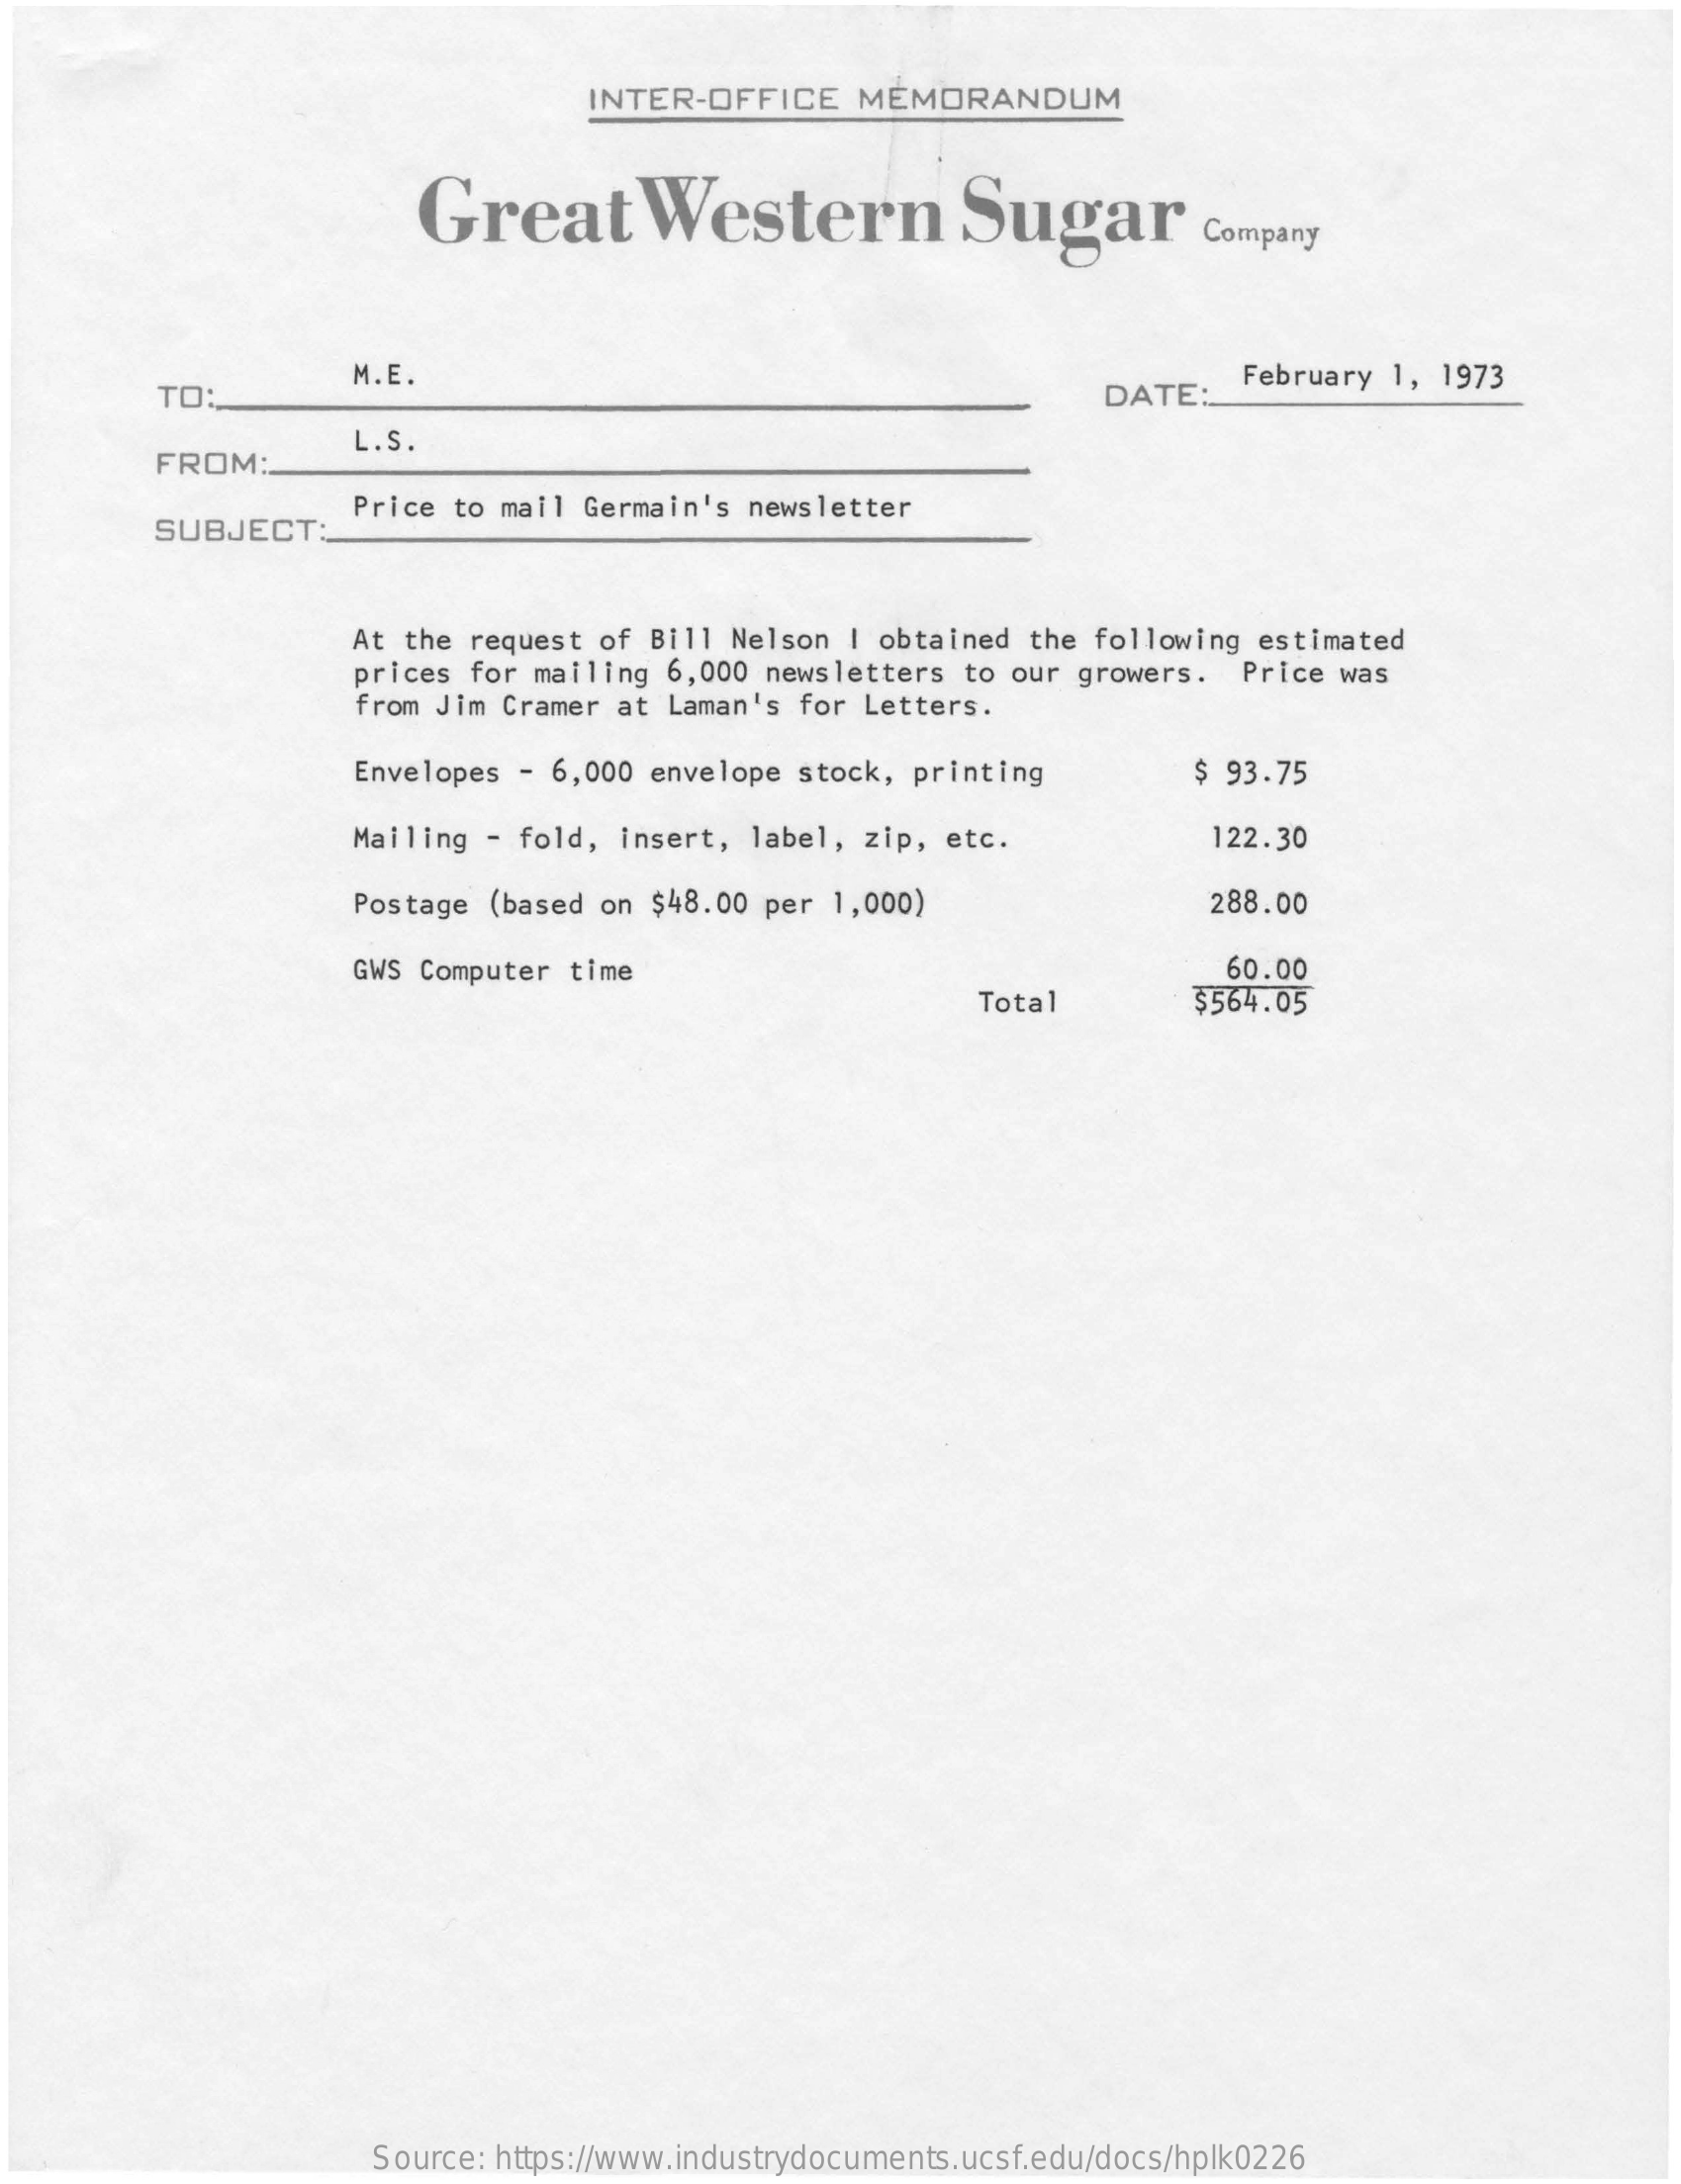
INTER-OFFICE    MEMORANDUM
     Great    Western    Sugar    Company
     TO:
     M.E.
     DATE:
     February 1, 1973
     FROM:
     L.S.
     SUBJECT:
     Price to mail Germain's newsletter
     At the request of Bill Nelson  | obtained the following  estimated
     prices for mailing 6,000 newsletters  to our growers.   Price was
     from Jim Cramer at Laman's  for Letters.
     Envelopes - 6,000 envelope stock,  printing    $ 93.75
     Mailing - fold, insert,  label, zip, etc.    122.30
     Postage (based on $48.00 per  1,000)    288.00
     GWS Computer time    60.00
     Total    $564.05
     Source: https://www.industrydocuments.ucsf.edu/docs/hplk0226